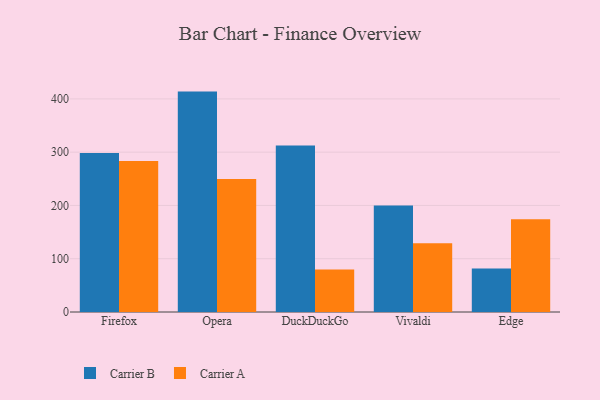
{"axis": {"x": "Browser", "y": "Conversion Rate (%)"}, "legend": ["Carrier A", "Carrier B"], "data": [{"x": "Firefox", "y": 298.5, "type": "Carrier B"}, {"x": "Firefox", "y": 283.2, "type": "Carrier A"}, {"x": "Opera", "y": 413.7, "type": "Carrier B"}, {"x": "Opera", "y": 249.7, "type": "Carrier A"}, {"x": "DuckDuckGo", "y": 312.7, "type": "Carrier B"}, {"x": "DuckDuckGo", "y": 80.0, "type": "Carrier A"}, {"x": "Vivaldi", "y": 199.8, "type": "Carrier B"}, {"x": "Vivaldi", "y": 129.1, "type": "Carrier A"}, {"x": "Edge", "y": 81.8, "type": "Carrier B"}, {"x": "Edge", "y": 174.1, "type": "Carrier A"}]}